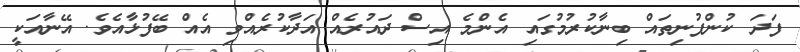
ފަދަ ކުންފުނިތައް ބިނާކުރުމުގައި އެންމެ އިސް ދައުރެއް އަދާކުރެއްވި އެއް ބޭފުޅާއެވެ. އޭނާއަކީ